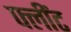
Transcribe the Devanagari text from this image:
फ्लींट